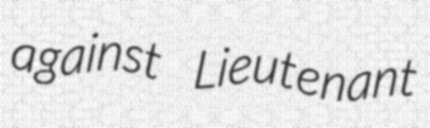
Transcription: against Lieutenant